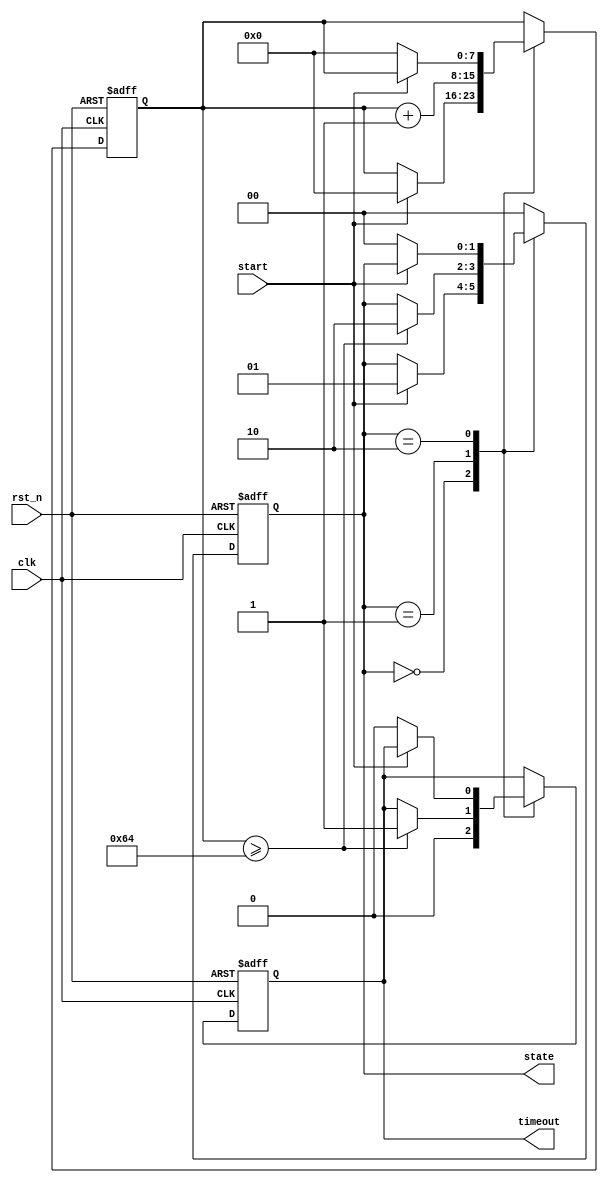
module TimerBasedMealyFSM (
    input wire clk,          // Clock signal
    input wire rst_n,       // Active low reset signal
    input wire start,       // Input signal to start the timer
    output reg timeout,     // Output signal indicating timeout
    output reg [1:0] state  // Current state output
);

    // State encoding
    localparam IDLE    = 2'b00;
    localparam ACTIVE  = 2'b01;
    localparam TIMEOUT = 2'b10;

    // Timer parameters
    parameter TIMEOUT_VALUE = 8'd100; // Example timeout value
    reg [7:0] timer; // 8-bit timer

    // State transition logic
    always @(posedge clk or negedge rst_n) begin
        if (!rst_n) begin
            state <= IDLE;
            timer <= 8'd0;
            timeout <= 1'b0;
        end else begin
            case (state)
                IDLE: begin
                    timeout <= 1'b0; // Reset timeout output
                    if (start) begin
                        state <= ACTIVE;
                        timer <= 8'd0; // Reset timer
                    end
                end

                ACTIVE: begin
                    timer <= timer + 1; // Increment timer
                    if (timer >= TIMEOUT_VALUE) begin
                        state <= TIMEOUT;
                        timeout <= 1'b1; // Set timeout output
                    end
                end

                TIMEOUT: begin
                    // Handle timeout state, can transition back to IDLE or remain
                    if (!start) begin
                        state <= IDLE; // Transition back to IDLE if start is not asserted
                        timer <= 8'd0; // Reset timer
                        timeout <= 1'b0; // Reset timeout output
                    end
                end

                default: begin
                    state <= IDLE; // Default state
                end
            endcase
        end
    end

    // Output logic (Mealy machine)
    always @(*) begin
        // Outputs can be generated based on current state and inputs
        // For example, timeout output is already handled in the state logic
    end

endmodule